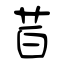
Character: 苩